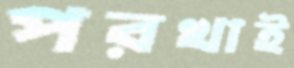
পরখাই